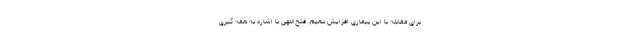
برای مقابله با این بیماری افزایش دهیم. فتح‌اللهی با اشاره به همه گیری